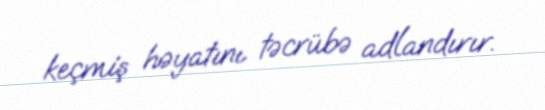
keçmiş həyatını təcrübə adlandırır.